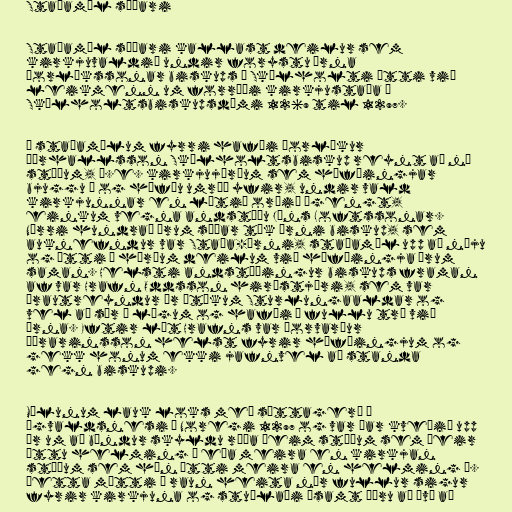
Staðamál síðari

Staðamál síðari kallast deilur sem
kirkjuvaldið undir forystu Árna
Þorlákssonar biskups í Skálholti átti við
leikmenn um forræði kirkjustaða í
Skálholtsbiskupsdæmi 1269 til 1297.

Í staðamálum fyrri hafði Þorlákur
Þórhallsson Skálholtsbiskup reynt að ná
stöðum, þ.e. kirkjujörðum sem höfðingjar
bjuggu á og höfðu umráð yfir, undir vald
kirkjunnar en lítið orðið ágengt,
einkum vegna andstöðu Jóns Loftssonar.
Nærri hundrað árum síðar tók Árni biskup, sem
auknefndur var Staða-Árni, staðamál upp að nýju
og átti í hörðum deilum við höfðingja árum
saman. Helsti andstæðingur biskups framan
af var Hrafn Oddsson hirðstjóri, sem var
þrautreyndur úr átökum Sturlungaaldar og
vel að sér í lögum og hafði í fullu tré við
Árna. Eftir lát Hrafns var Þorvarður
Þórarinsson helst fyrir höfðingjum og
gekk honum ekki jafnvel að standa
gegn biskupi.

Málunum lauk loks með sættagerð á
Ögvaldsnesi í Noregi 1297 og var þar kveðið upp
úr um að bændur skyldu ráða þeim stöðum sem þeir
áttu helming í eða meira en kirkjan
stöðum sem hún átti meira en helming í.
Þetta mátti í raun heita nær fullur sigur
fyrir kirkjuna og stuðlaði ásamt öðru að því að